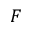
F